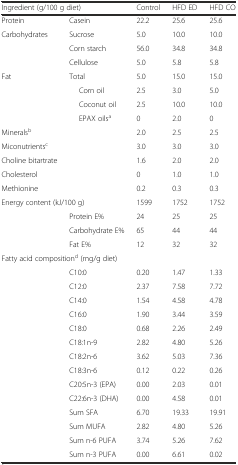
<table><thead><tr><td colspan="2"><b>Ingredient (g/100 g diet)</b></td><td><b>Control</b></td><td><b>HFD ED</b></td><td><b>HFD CO</b></td></tr></thead><tbody><tr><td>Protein</td><td>Casein</td><td>22.2</td><td>25.6</td><td>25.6</td></tr><tr><td>Carbohydrates</td><td>Sucrose</td><td>5.0</td><td>10.0</td><td>10.0</td></tr><tr><td></td><td>Corn starch</td><td>56.0</td><td>34.8</td><td>34.8</td></tr><tr><td></td><td>Cellulose</td><td>5.0</td><td>5.8</td><td>5.8</td></tr><tr><td>Fat</td><td>Total</td><td>5.0</td><td>15.0</td><td>15.0</td></tr><tr><td></td><td>Corn oil</td><td>2.5</td><td>3.0</td><td>5.0</td></tr><tr><td></td><td>Coconut oil</td><td>2.5</td><td>10.0</td><td>10.0</td></tr><tr><td></td><td>EPAX oils<sup>a</sup></td><td>0</td><td>2.0</td><td>0</td></tr><tr><td>Minerals<sup>b</sup></td><td></td><td>2.0</td><td>2.5</td><td>2.5</td></tr><tr><td>Miconutrients<sup>c</sup></td><td></td><td>3.0</td><td>3.0</td><td>3.0</td></tr><tr><td>Choline bitartrate</td><td></td><td>1.6</td><td>2.0</td><td>2.0</td></tr><tr><td>Cholesterol</td><td></td><td>0</td><td>1.0</td><td>1.0</td></tr><tr><td>Methionine</td><td></td><td>0.2</td><td>0.3</td><td>0.3</td></tr><tr><td colspan="2">Energy content (kJ/100 g)</td><td>1599</td><td>1752</td><td>1752</td></tr><tr><td></td><td>Protein E%</td><td>24</td><td>25</td><td>25</td></tr><tr><td></td><td>Carbohydrate E%</td><td>65</td><td>44</td><td>44</td></tr><tr><td></td><td>Fat E%</td><td>12</td><td>32</td><td>32</td></tr><tr><td colspan="3">Fatty acid composition<sup>d</sup> (mg/g diet)</td><td></td><td></td></tr><tr><td></td><td>C10:0</td><td>0.20</td><td>1.47</td><td>1.33</td></tr><tr><td></td><td>C12:0</td><td>2.37</td><td>7.58</td><td>7.72</td></tr><tr><td></td><td>C14:0</td><td>1.54</td><td>4.58</td><td>4.78</td></tr><tr><td></td><td>C16:0</td><td>1.90</td><td>3.44</td><td>3.59</td></tr><tr><td></td><td>C18:0</td><td>0.68</td><td>2.26</td><td>2.49</td></tr><tr><td></td><td>C18:1n-9</td><td>2.82</td><td>4.80</td><td>5.26</td></tr><tr><td></td><td>C18:2n-6</td><td>3.62</td><td>5.03</td><td>7.36</td></tr><tr><td></td><td>C18:3n-6</td><td>0.12</td><td>0.22</td><td>0.26</td></tr><tr><td></td><td>C20:5n-3 (EPA)</td><td>0.00</td><td>2.03</td><td>0.01</td></tr><tr><td></td><td>C22:6n-3 (DHA)</td><td>0.00</td><td>4.58</td><td>0.01</td></tr><tr><td></td><td>Sum SFA</td><td>6.70</td><td>19.33</td><td>19.91</td></tr><tr><td></td><td>Sum MUFA</td><td>2.82</td><td>4.80</td><td>5.26</td></tr><tr><td></td><td>Sum n-6 PUFA</td><td>3.74</td><td>5.26</td><td>7.62</td></tr><tr><td></td><td>Sum n-3 PUFA</td><td>0.00</td><td>6.61</td><td>0.02</td></tr></tbody></table>